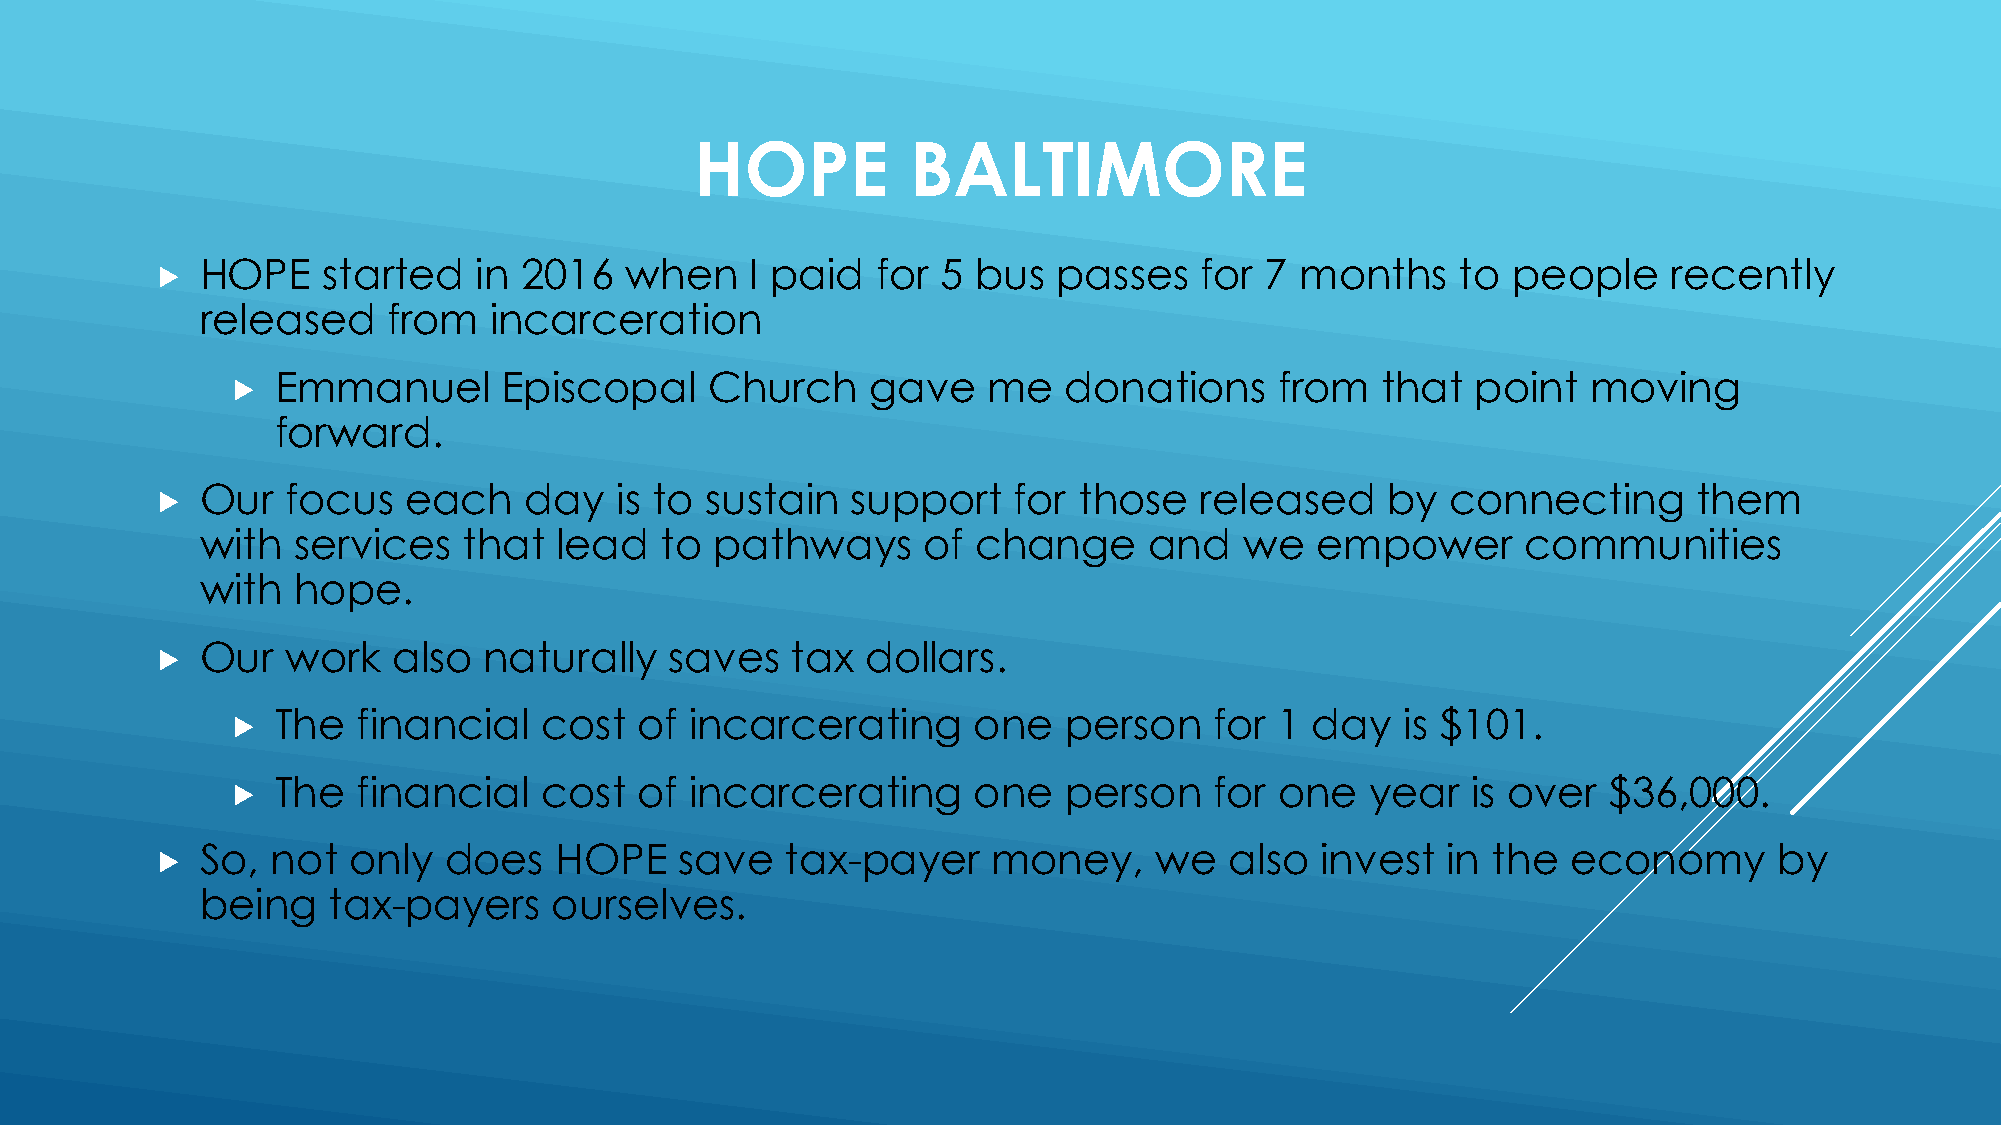
HOPE          BALTIMORE
 HOPE    started   in 2016   when     I paid  for 5  bus  passes   for  7 months     to people     recently
 
 released     from  incarceration
 Emmanuel       Episcopal     Church     gave   me   donations      from  that   point  moving
 
 forward.
 Our   focus   each    day   is to sustain  support    for those   released     by  connecting      them
 
 with  services    that  lead   to pathways      of  change     and   we   empower       communities
 with  hope.
 Our   work   also  naturally   saves   tax  dollars.
 
 The   financial   cost  of  incarcerating     one   person    for  1 day   is $101.
 
 The   financial   cost  of  incarcerating     one   person    for  one   year  is over  $36,000.
 
 So,  not  only  does    HOPE    save   tax-payer     money,    we   also  invest   in the  economy       by
 
 being    tax-payers    ourselves.